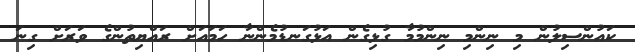
ކައުންސިލުން މި ނިންމި ނިންމުމާ ގުޅިގެން އަޅުގަނޑުމެންނާ ހަމައަށް ރައްޔިތުންގެ ވަރަށް ގިނަ